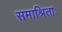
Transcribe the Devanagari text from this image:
समाश्रिताः